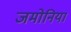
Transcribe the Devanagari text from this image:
जमोनिया